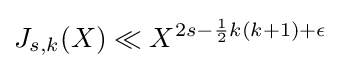
J_{s,k}(X)\ll X^{2s-{\frac {1}{2}}k(k+1)+\epsilon }